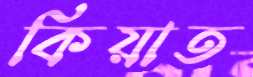
কিয়াত